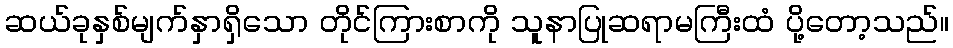
ဆယ်ခုနှစ်မျက်နှာရှိသော တိုင်ကြားစာကို သူနာပြုဆရာမကြီးထံ ပို့တော့သည်။